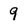
Character: 9